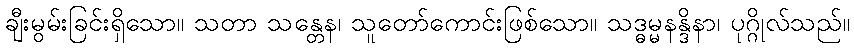
ချီးမွမ်းခြင်းရှိသော။ သတာ သန္တေန၊ သူတော်ကောင်းဖြစ်သော။ သဒ္ဓမ္မနန္ဒိနာ၊ ပုဂ္ဂိုလ်သည်။